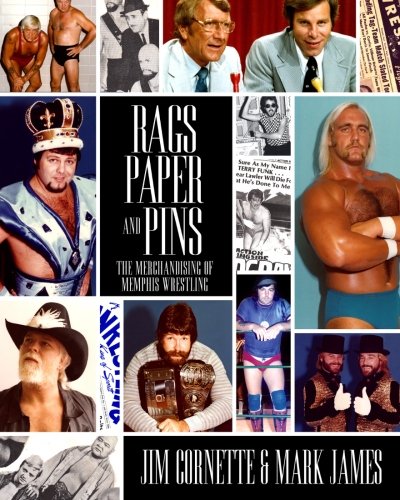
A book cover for Rags, Paper and Pins: The Merchandising of Memphis Wrestling; Jim Cornette; Sports & Outdoors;